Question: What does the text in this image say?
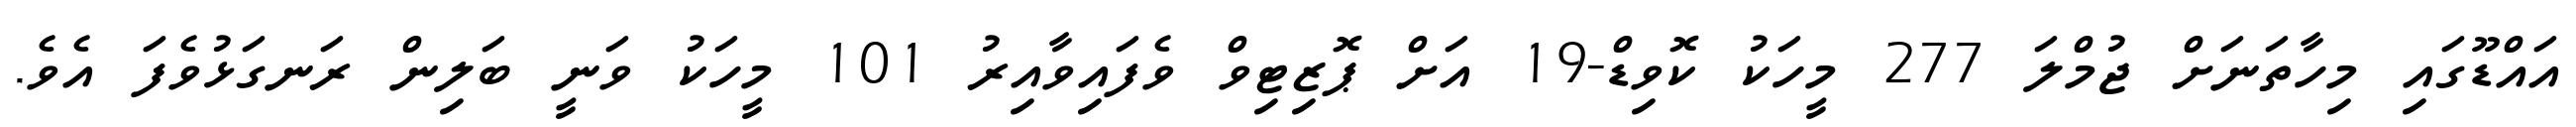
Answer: އައްޑޫގައި މިހާތަނަށް ޖުމްލަ 277 މީހަކު ކޮވިޑް-19 އަށް ޕޮޒިޓިވް ވެފައިވާއިރު 101 މީހަކު ވަނީ ބަލިން ރަނގަޅުވެފަ އެވެ.